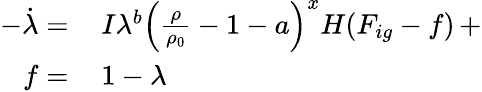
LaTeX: \begin{array}{rl}{-\dot{\lambda}=\, }&{{}I\lambda^{b}\left(\frac{\rho}{\rho_{0}}-1-a\right)^{x}H(F_{ig}-f)\, +}\\ {f=\, }&{{}1-\lambda}\end{array}